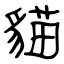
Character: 貓